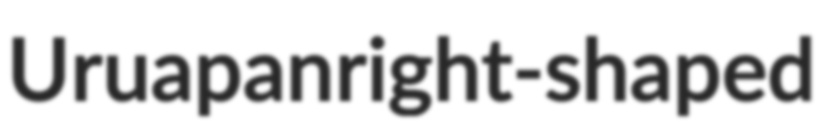
Uruapan right-shaped